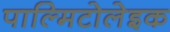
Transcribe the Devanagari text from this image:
पाल्मिटोलेइक